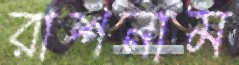
রাশনাম